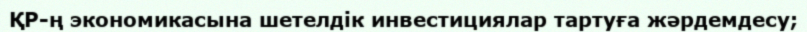
ҚР-ң экономикасына шетелдік инвестициялар тартуға жәрдемдесу;